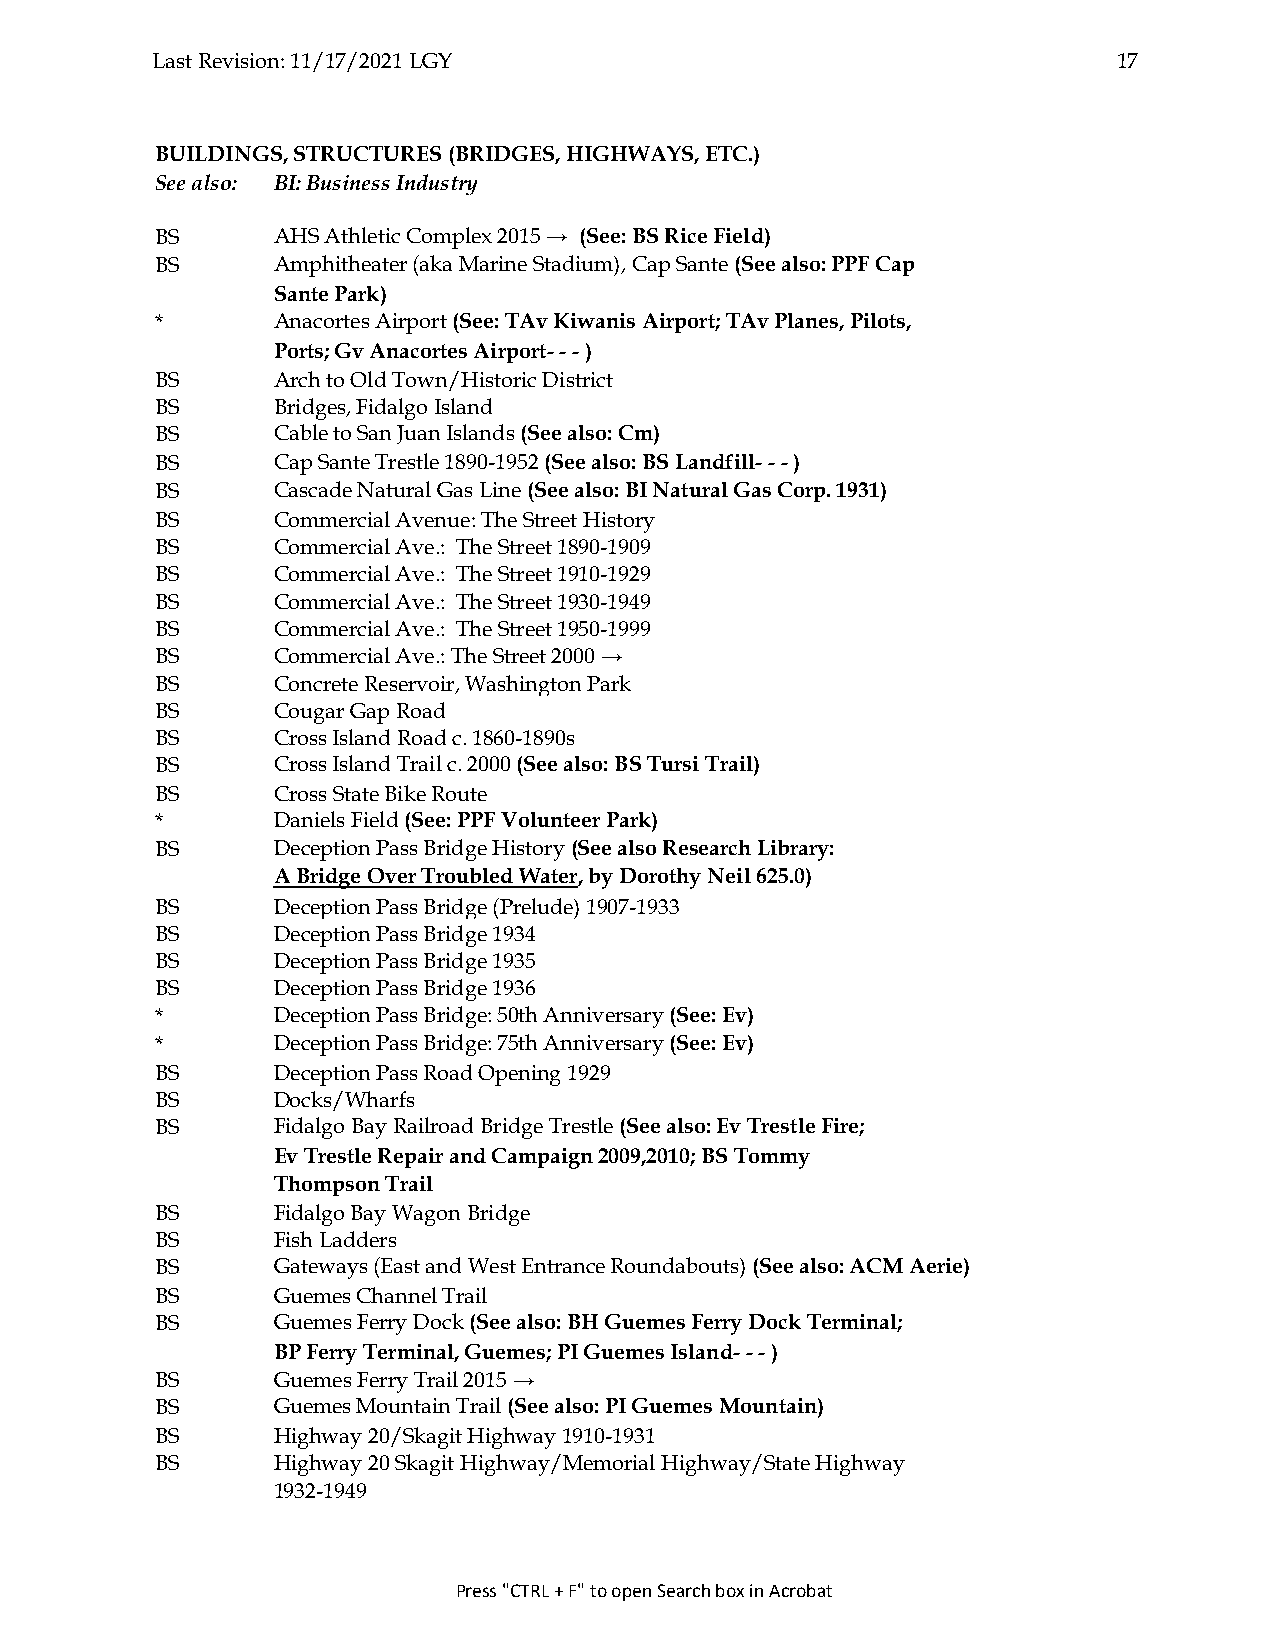
Last Revision: 11/17/2021 LGY                                   17
 BUILDINGS, STRUCTURES (BRIDGES, HIGHWAYS, ETC.)
 See also: BI: Business Industry
 BS      AHS Athletic Complex 2015 → (See: BS Rice Field)
 BS      Amphitheater (aka Marine Stadium), Cap Sante (See also: PPF Cap
 Sante Park)
 *       Anacortes Airport (See: TAv Kiwanis Airport; TAv Planes, Pilots,
 Ports; Gv Anacortes Airport- - - )
 BS      Arch to Old Town/Historic District
 BS      Bridges, Fidalgo Island
 BS      Cable to San Juan Islands (See also: Cm)
 BS      Cap Sante Trestle 1890-1952 (See also: BS Landfill- - - )
 BS      Cascade Natural Gas Line (See also: BI Natural Gas Corp. 1931)
 BS      Commercial Avenue: The Street History
 BS      Commercial Ave.: The Street 1890-1909
 BS      Commercial Ave.: The Street 1910-1929
 BS      Commercial Ave.: The Street 1930-1949
 BS      Commercial Ave.: The Street 1950-1999
 BS      Commercial Ave.: The Street 2000 →
 BS      Concrete Reservoir, Washington Park
 BS      Cougar Gap Road
 BS      Cross Island Road c. 1860-1890s
 BS      Cross Island Trail c. 2000 (See also: BS Tursi Trail)
 BS      Cross State Bike Route
 *       Daniels Field (See: PPF Volunteer Park)
 BS      Deception Pass Bridge History (See also Research Library:
 A Bridge Over Troubled Water, by Dorothy Neil 625.0)
 BS      Deception Pass Bridge (Prelude) 1907-1933
 BS      Deception Pass Bridge 1934
 BS      Deception Pass Bridge 1935
 BS      Deception Pass Bridge 1936
 *       Deception Pass Bridge: 50th Anniversary (See: Ev)
 *       Deception Pass Bridge: 75th Anniversary (See: Ev)
 BS      Deception Pass Road Opening 1929
 BS      Docks/Wharfs
 BS      Fidalgo Bay Railroad Bridge Trestle (See also: Ev Trestle Fire;
 Ev Trestle Repair and Campaign 2009,2010; BS Tommy
 Thompson Trail
 BS      Fidalgo Bay Wagon Bridge
 BS      Fish Ladders
 BS      Gateways (East and West Entrance Roundabouts) (See also: ACM Aerie)
 BS      Guemes Channel Trail
 BS      Guemes Ferry Dock (See also: BH Guemes Ferry Dock Terminal;
 BP Ferry Terminal, Guemes; PI Guemes Island- - - )
 BS      Guemes Ferry Trail 2015 →
 BS      Guemes Mountain Trail (See also: PI Guemes Mountain)
 BS      Highway 20/Skagit Highway 1910-1931
 BS      Highway 20 Skagit Highway/Memorial Highway/State Highway
 1932-1949
 Press "CTRL + F" to open Search box in Acrobat